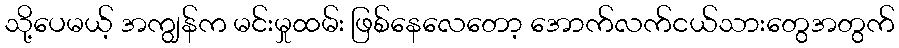
သို့ပေမယ့် အကျွန်က မင်းမှုထမ်း ဖြစ်နေလေတော့ အောက်လက်ငယ်သားတွေအတွက်